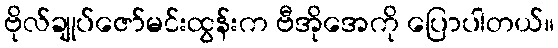
ဗိုလ်ချုပ်ဇော်မင်းထွန်းက ဗီအိုအေကို ပြောပါတယ်။